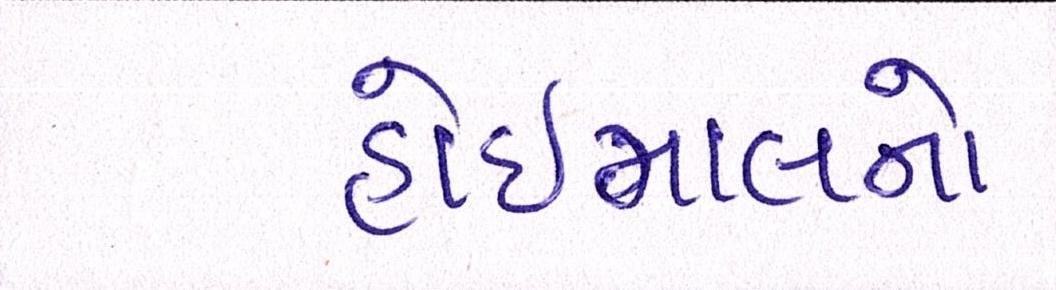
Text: હોઇમાલનો